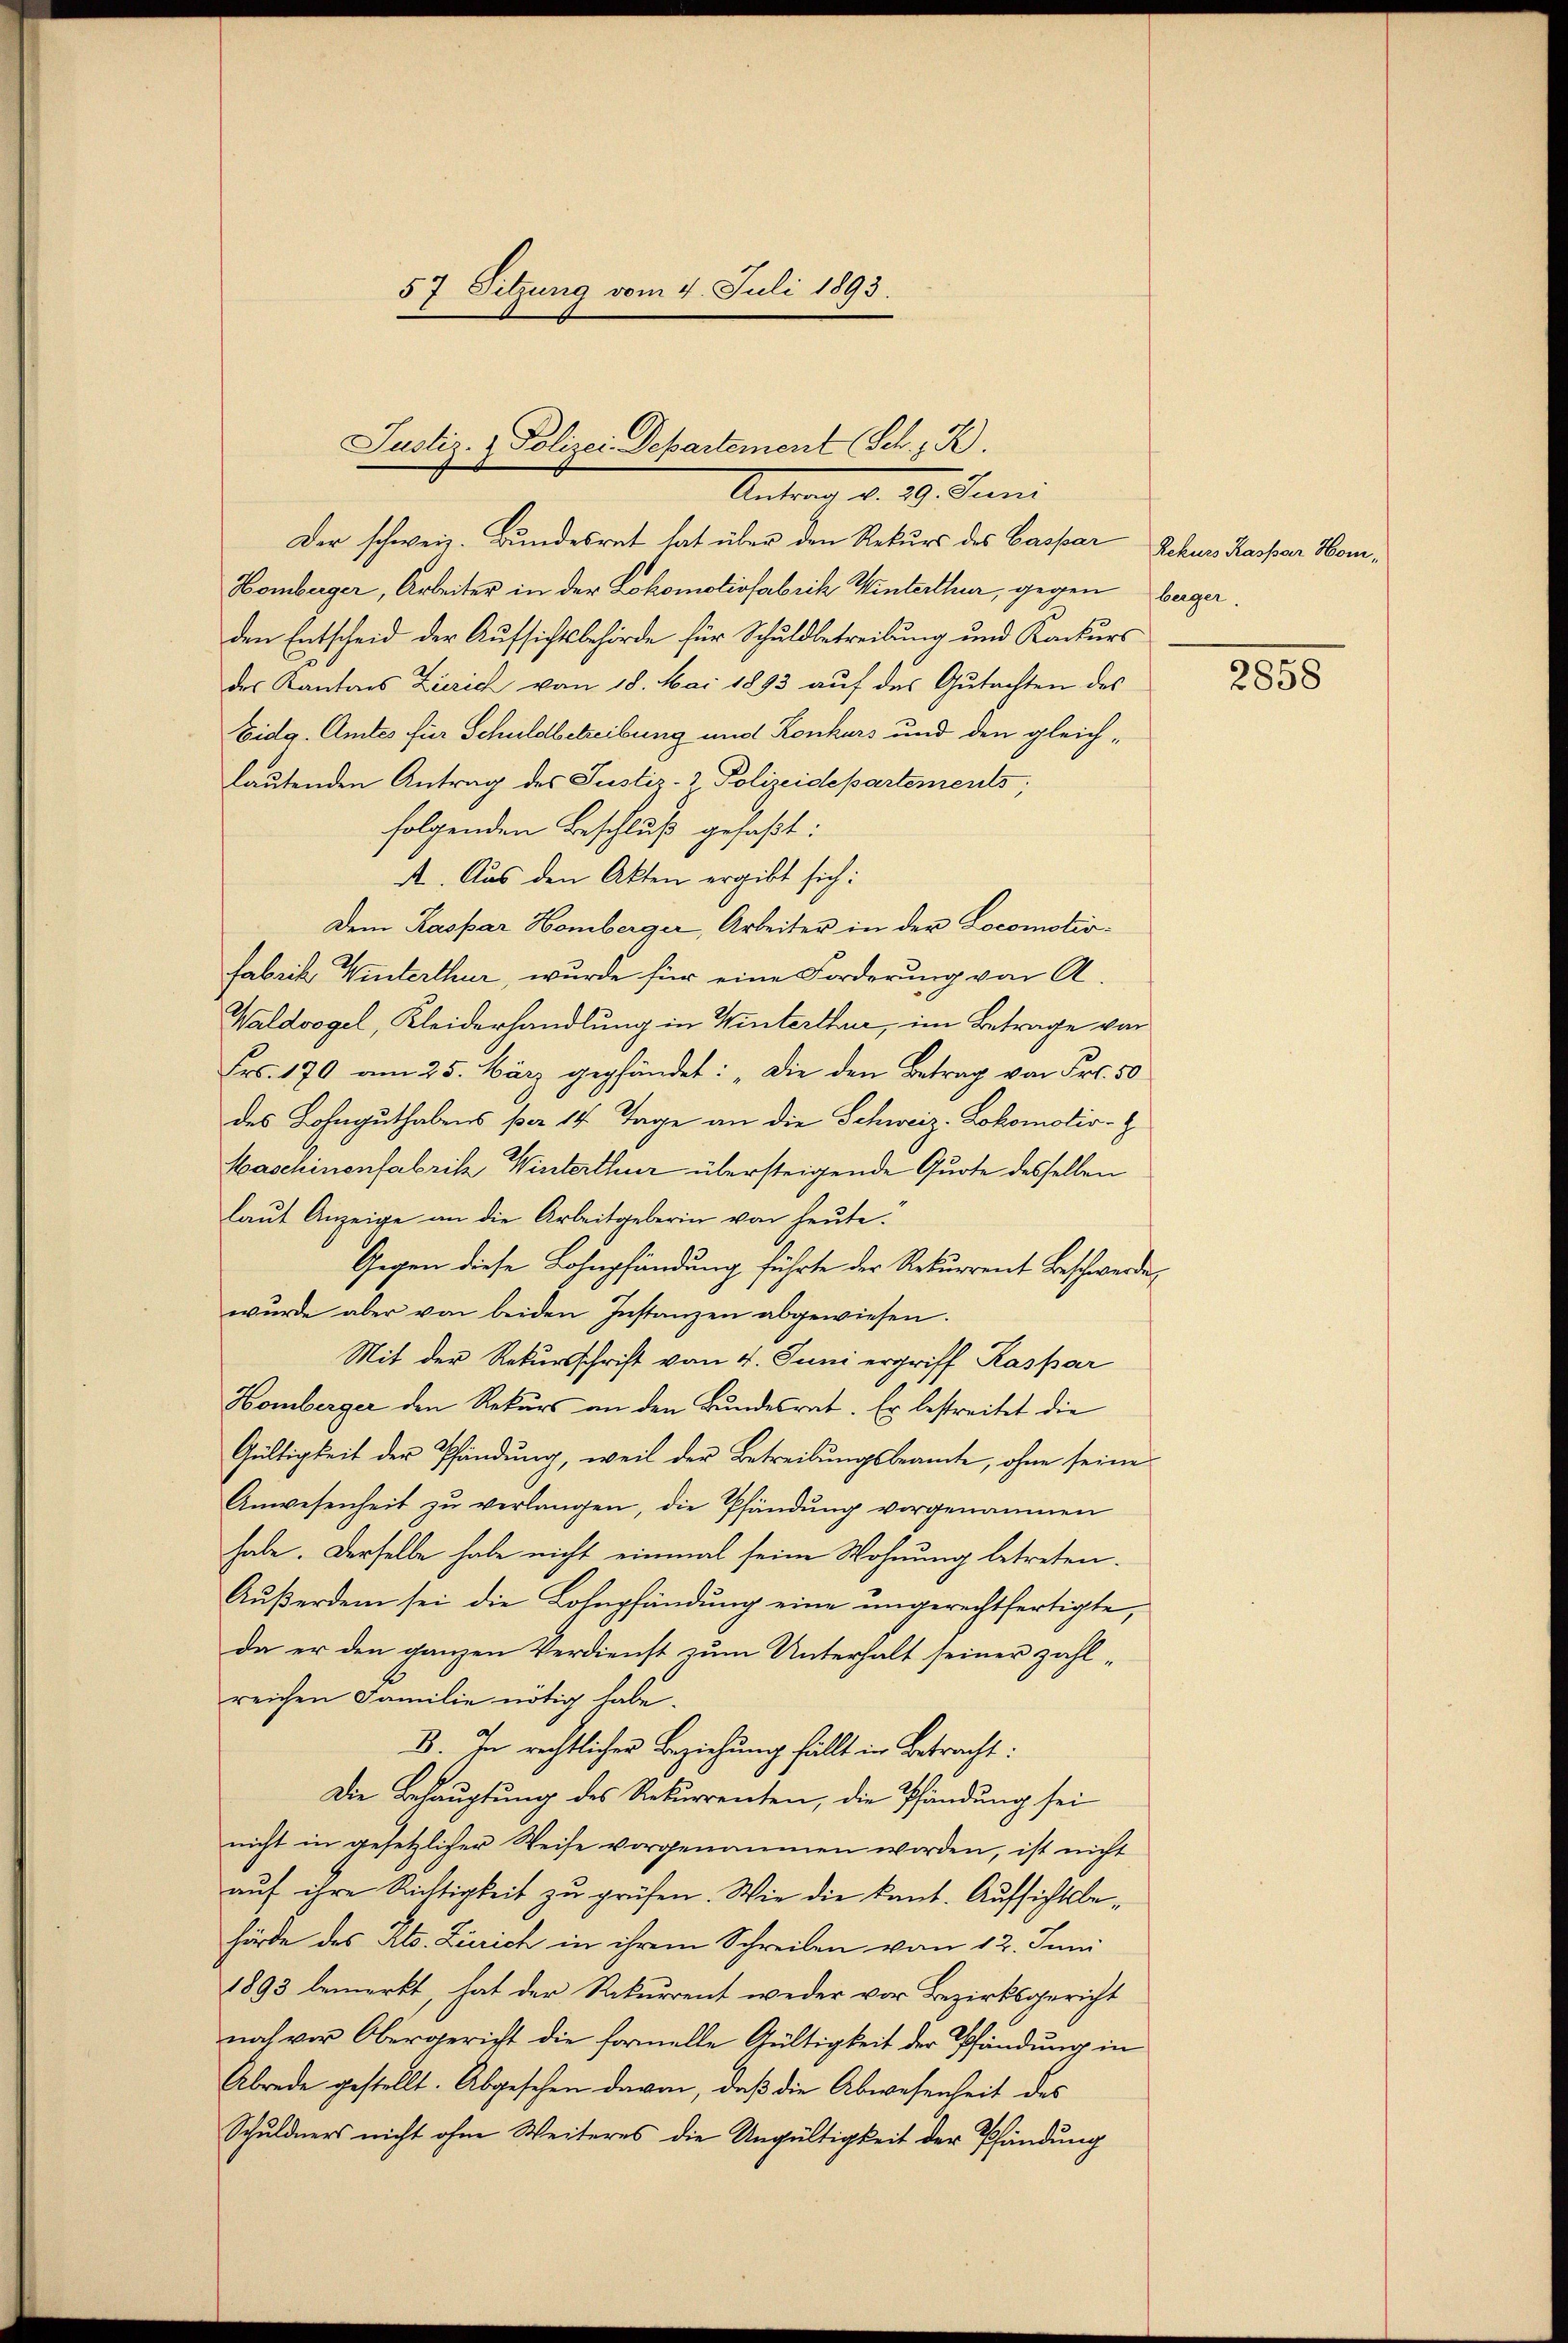
57 Sitzung vom 4. Juli 1893.

Justiz- & Polizei Departement (Sch. K.
Antrag d. 29. Juni

Der schweiz. Bundesrat hat über den Rekurs des Caspar Rekurs Kaspar Hom¬
Homberger, Arbeiter in der Lokomotivfabrik Winterthur, gegen Bager.
den Entscheid der Aufsichtsbehörde für Schuldbetreibung und Konkurs
des Kantons Zürich von 18. Mai 1893 auf das Gutachten des
Eidg. Amtes für Schuldbetreibung und Konkurs und den gleichlautenden Antrag des Justiz- & Polizeidepartements;
folgenden Beschluß gefaßt:
A. Aus den Akten ergibt sich:
Dem Kaspar Homberger, Arbeiter in der Locomotivfabrik Winterthur, wurde für eine Forderung von A.
Waldvogel, Kleiderhandlung in Winterthur, im Betrage von
Frs. 170 am 25. März gepfündet: „Die den Betrag von Fr. 50
des Lohnguthabens per 14 Tage an die Schweiz. Lokomotiv-E
Maschinenfabrik Winterthur übersteigende Quote desselben
laut Anzeige an die Arbeitgeberin von heute.
Gegen diese Bahnpfändung führte der Rekurrent Beschwerden
wŭrde aber von beiden Instanzen abgewiesen.
Mit der Rekursschrift vom 4. Juni ergriff Kaspar
Homberger den Rekurs an den Bundesrat. Er bestreitet die
Gültigkeit der Pfändung, weil der Betreibungsbeamte, ohne seine
Anwesenheit zŭ verlangen, die Pfändung vorgenommen
habe. Derselbe habe nicht einmal seine Wohnung betreten.
Außerdem sei die Lohnpfändung eine ungerechtfertigte,
da er den ganzen Verdienst zum Unterhalt seiner zahlreichen Familie nötig habe.
B. In rechtlicher Beziehung fällt in Betracht:
Die Behauptung des Rekurrenten, die Pfändung sei
nicht in gesetzlicher Weise vorgenommen worden, ist nicht
aŭf ihre Richtigkeit zu prüfen. Wie die kant. Aufsichtsbehörde des Kts. Zürich in ihrem Schreiben vom 12. Juni
1893 bemerkt, hat der Rekurrent weder vor Bezirksgericht
noch vor Obergericht die formelle Gültigkeit der Pfändung in
Abrede gestellt. Abgesehen davon, daß die Abwesenheit des
Schuldners nicht ohne Weiteres die Ungültigkeit der Pfändung

2858